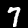
Label: 7